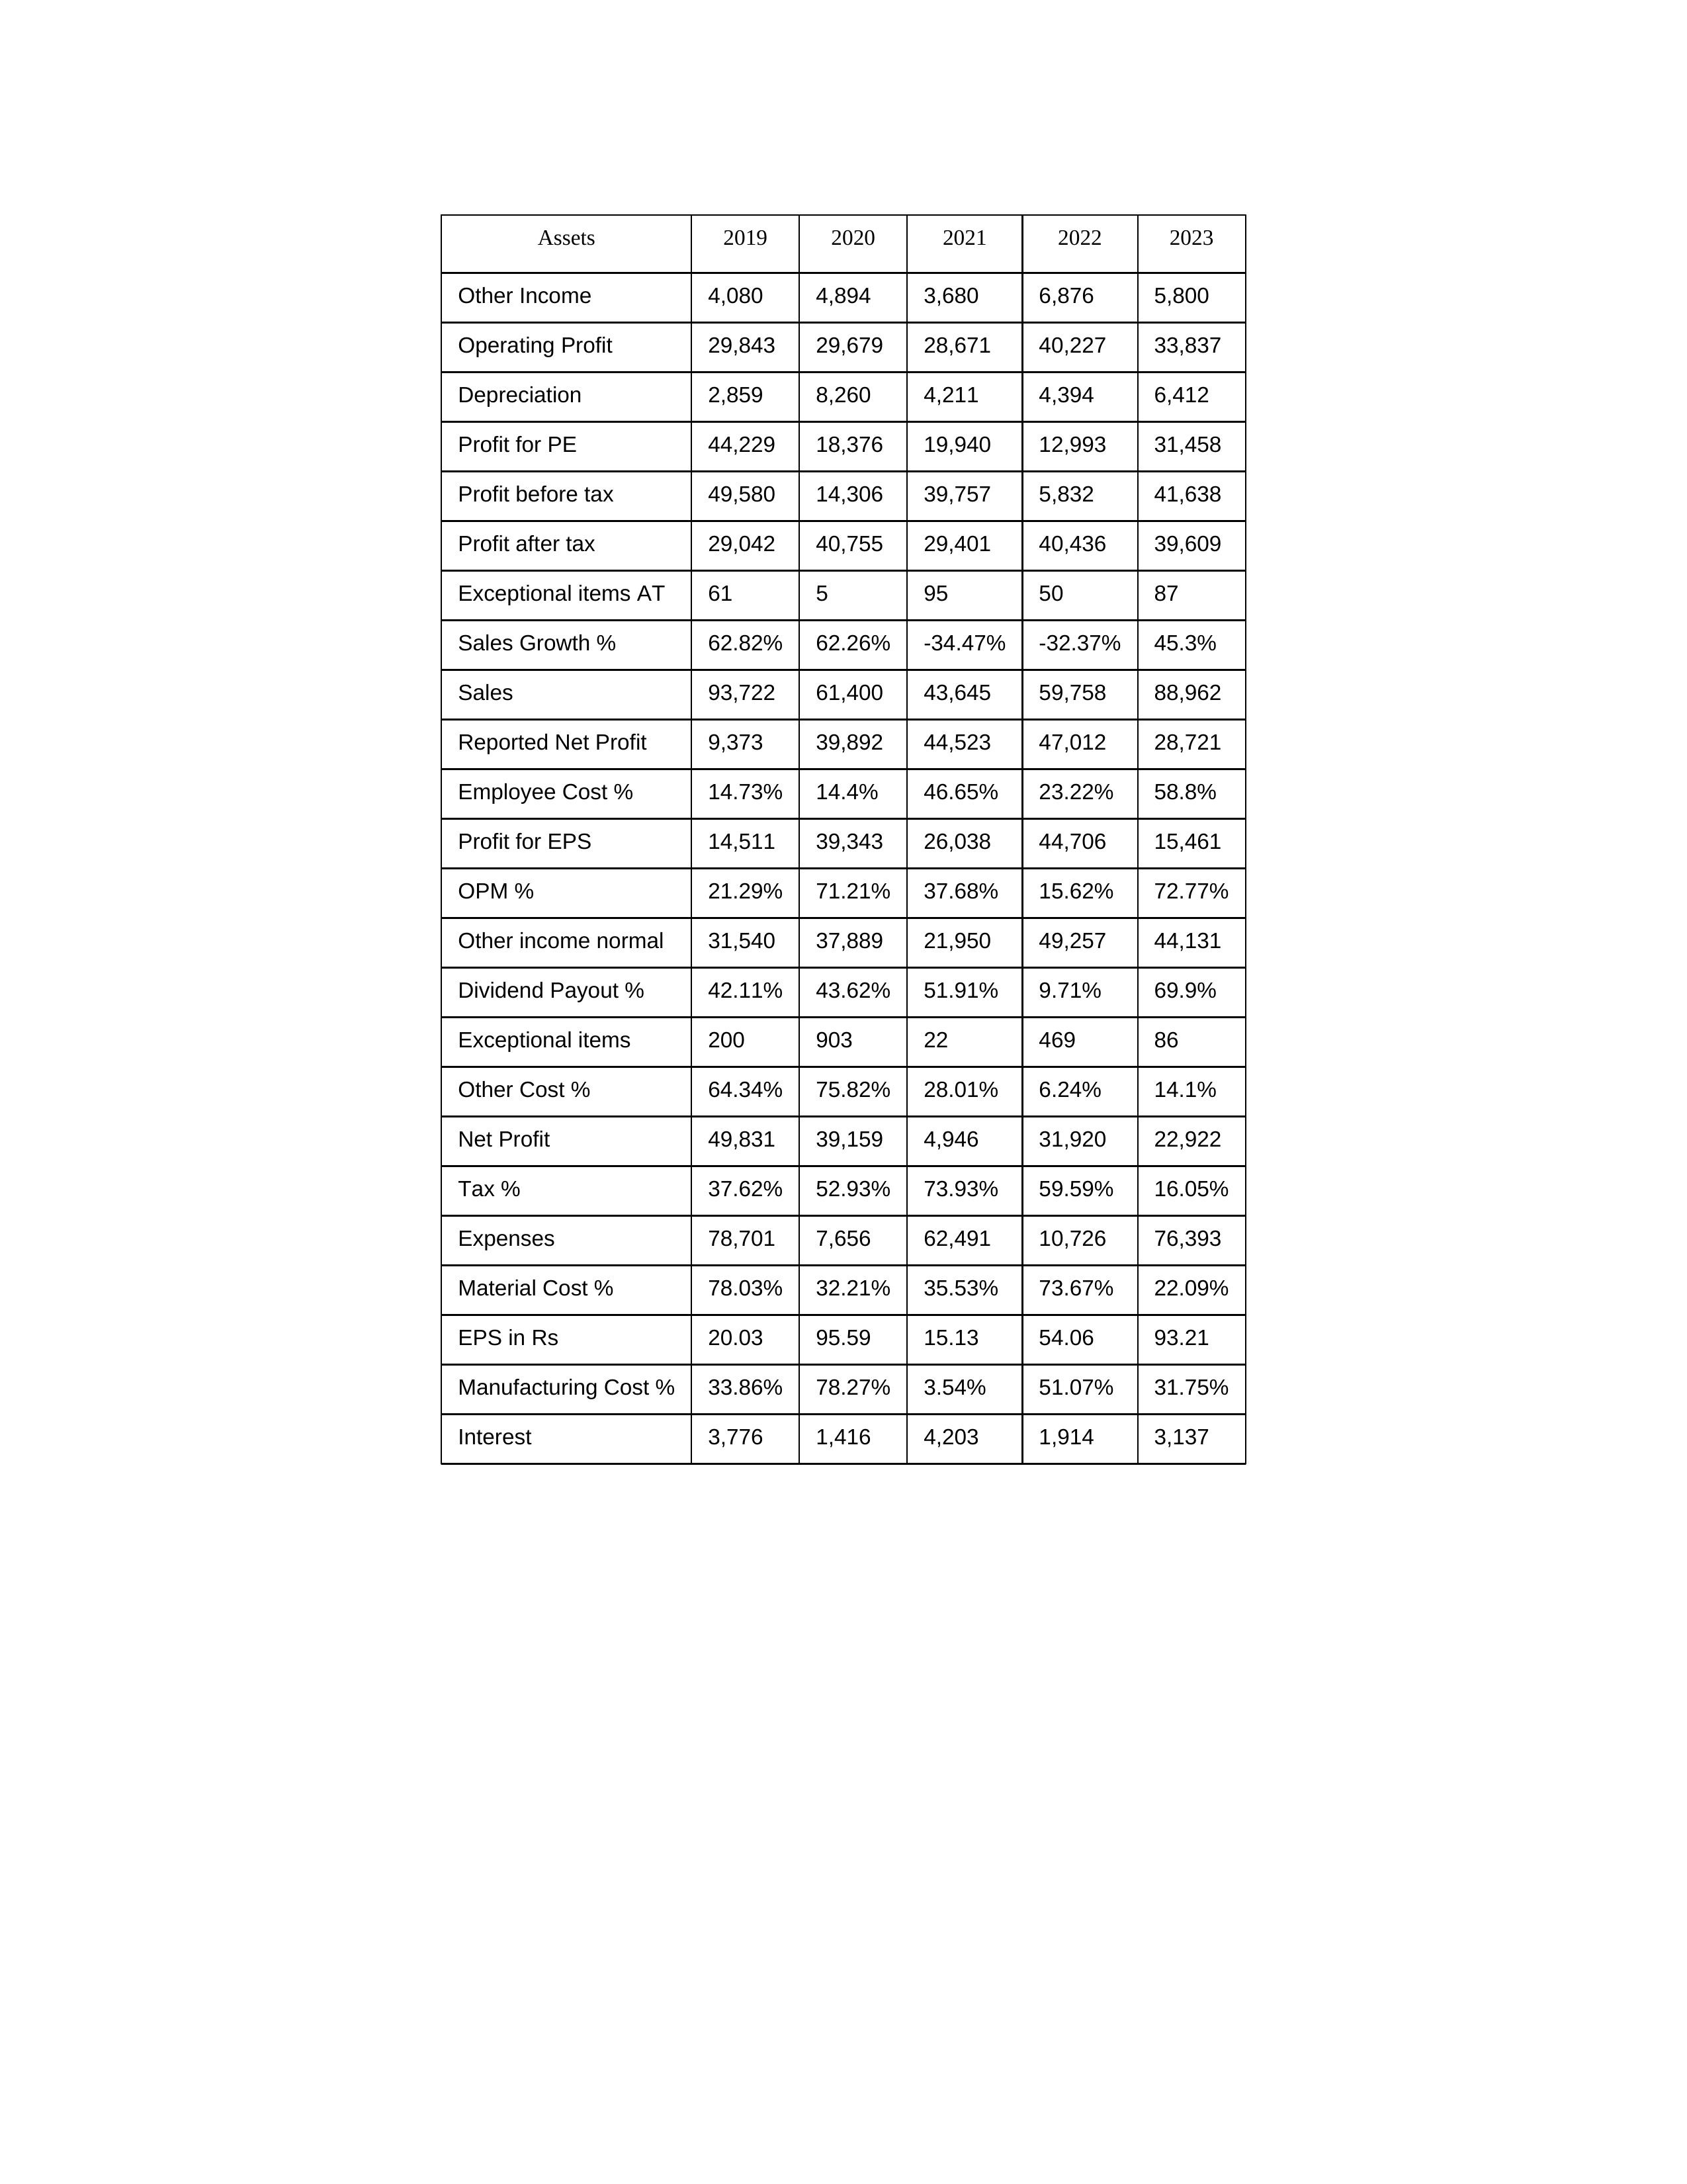
gt_parse: 2019: Sales: 93,722
Sales Growth %: 62.82%
Expenses: 78,701
Material Cost %: 78.03%
Manufacturing Cost %: 33.86%
Employee Cost %: 14.73%
Other Cost %: 64.34%
Operating Profit: 29,843
OPM %: 21.29%
Other Income: 4,080
Exceptional items: 200
Other income normal: 31,540
Interest: 3,776
Depreciation: 2,859
Profit before tax: 49,580
Tax %: 37.62%
Net Profit: 49,831
Profit after tax: 29,042
Reported Net Profit: 9,373
Profit for EPS: 14,511
Exceptional items AT: 61
Profit for PE: 44,229
EPS in Rs: 20.03
Dividend Payout %: 42.11%
2020: Sales: 61,400
Sales Growth %: 62.26%
Expenses: 7,656
Material Cost %: 32.21%
Manufacturing Cost %: 78.27%
Employee Cost %: 14.4%
Other Cost %: 75.82%
Operating Profit: 29,679
OPM %: 71.21%
Other Income: 4,894
Exceptional items: 903
Other income normal: 37,889
Interest: 1,416
Depreciation: 8,260
Profit before tax: 14,306
Tax %: 52.93%
Net Profit: 39,159
Profit after tax: 40,755
Reported Net Profit: 39,892
Profit for EPS: 39,343
Exceptional items AT: 5
Profit for PE: 18,376
EPS in Rs: 95.59
Dividend Payout %: 43.62%
2021: Sales: 43,645
Sales Growth %: -34.47%
Expenses: 62,491
Material Cost %: 35.53%
Manufacturing Cost %: 3.54%
Employee Cost %: 46.65%
Other Cost %: 28.01%
Operating Profit: 28,671
OPM %: 37.68%
Other Income: 3,680
Exceptional items: 22
Other income normal: 21,950
Interest: 4,203
Depreciation: 4,211
Profit before tax: 39,757
Tax %: 73.93%
Net Profit: 4,946
Profit after tax: 29,401
Reported Net Profit: 44,523
Profit for EPS: 26,038
Exceptional items AT: 95
Profit for PE: 19,940
EPS in Rs: 15.13
Dividend Payout %: 51.91%
2022: Sales: 59,758
Sales Growth %: -32.37%
Expenses: 10,726
Material Cost %: 73.67%
Manufacturing Cost %: 51.07%
Employee Cost %: 23.22%
Other Cost %: 6.24%
Operating Profit: 40,227
OPM %: 15.62%
Other Income: 6,876
Exceptional items: 469
Other income normal: 49,257
Interest: 1,914
Depreciation: 4,394
Profit before tax: 5,832
Tax %: 59.59%
Net Profit: 31,920
Profit after tax: 40,436
Reported Net Profit: 47,012
Profit for EPS: 44,706
Exceptional items AT: 50
Profit for PE: 12,993
EPS in Rs: 54.06
Dividend Payout %: 9.71%
2023: Sales: 88,962
Sales Growth %: 45.3%
Expenses: 76,393
Material Cost %: 22.09%
Manufacturing Cost %: 31.75%
Employee Cost %: 58.8%
Other Cost %: 14.1%
Operating Profit: 33,837
OPM %: 72.77%
Other Income: 5,800
Exceptional items: 86
Other income normal: 44,131
Interest: 3,137
Depreciation: 6,412
Profit before tax: 41,638
Tax %: 16.05%
Net Profit: 22,922
Profit after tax: 39,609
Reported Net Profit: 28,721
Profit for EPS: 15,461
Exceptional items AT: 87
Profit for PE: 31,458
EPS in Rs: 93.21
Dividend Payout %: 69.9%